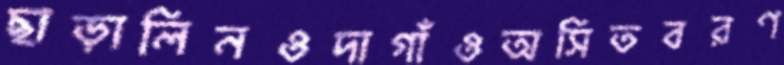
ছাড়ালিনওদাগাঁওঅসিতবরণ